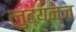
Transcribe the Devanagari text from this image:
लुट्यन्ज़